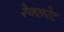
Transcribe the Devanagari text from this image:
रेक्सरेट